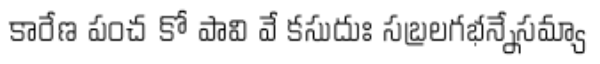
కారేణ పంచ కో పావి వే కసుదుః సబ్రలగభన్నేసమ్యా